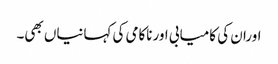
اوران کی کامیابی اورناکامی کی کہانیاں بھی۔